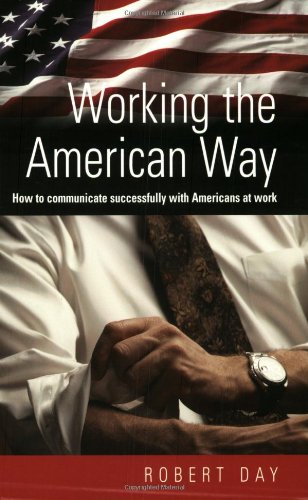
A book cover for Working the American Way; Robert Day; Travel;